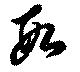
段